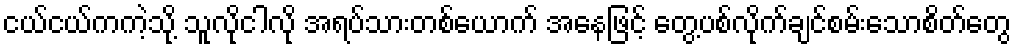
ငယ်ငယ်ကကဲ့သို့ သူလိုငါလို အရပ်သားတစ်ယောက် အနေဖြင့် တွေ့ပစ်လိုက်ချင်စမ်းသောစိတ်တွေ